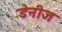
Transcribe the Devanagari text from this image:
डेनीज